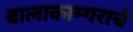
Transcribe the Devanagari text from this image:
बालाकाम्गराचे